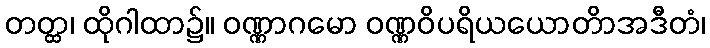
တတ္ထ၊ ထိုဂါထာ၌။ ဝဏ္ဏာဂမော ဝဏ္ဏဝိပရိယယောတိာအဒီတံ၊